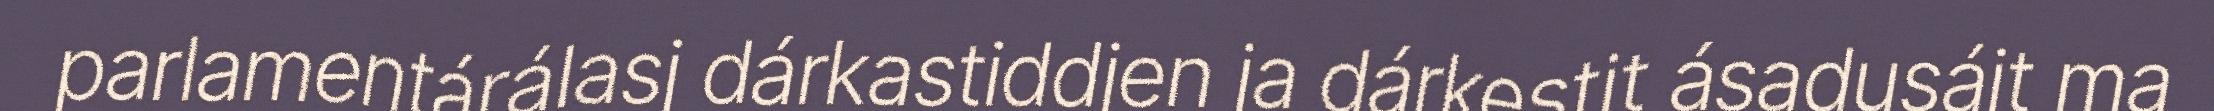
parlamentárálasj dárkastiddjen ja dárkestit ásadusájt ma